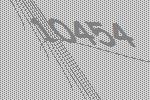
10454